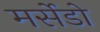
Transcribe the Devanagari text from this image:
मर्सेडो